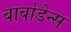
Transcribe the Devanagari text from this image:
बार्बाडेन्स